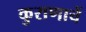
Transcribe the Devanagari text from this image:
कुराणाचें